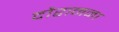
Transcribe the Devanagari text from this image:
दौरानना